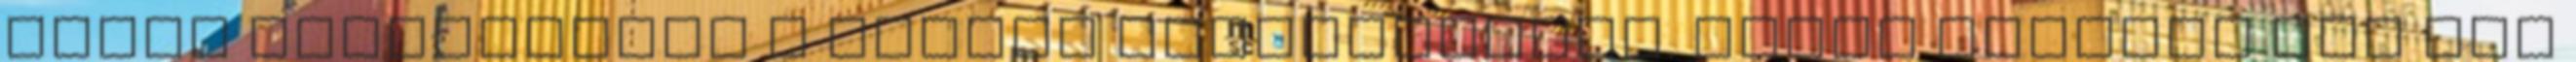
távon biztosítani a stabil eredményeket. Végül szükség van még